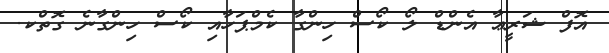
އޮފް ޝަރީޢާ އެންޑް ލޯ ކޯސް ހިންގާ ކެމްޕަހާއި ކޯސް ހިންގާނެ ގޮތްކ.